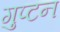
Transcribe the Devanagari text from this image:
गुप्टन